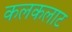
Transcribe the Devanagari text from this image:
कलकलाट